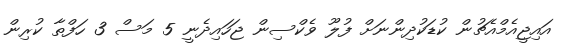
އައިޖީއެމްއެޗުން ކުޑަކުދިންނަށް ފުލޫ ވެކްސިން ޖަހައިދެނީ 5 މަސް 3 ހަފްތާ ކުރިން